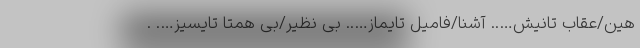
هین/عقاب تانیش….. آشنا/فامیل تایماز….. بی نظیر/بی همتا تایسیز…. .